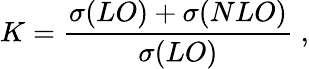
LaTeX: K=\frac{\sigma(LO)+\sigma(NLO)}{\sigma(LO)}\; ,